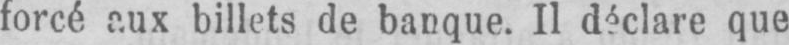
que